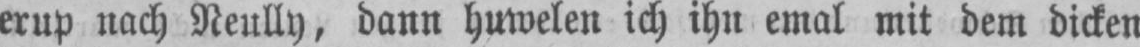
erup nach Neully, dann huwelen ich ihn emal mit dem dicken